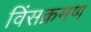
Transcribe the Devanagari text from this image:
विंसक्रमण